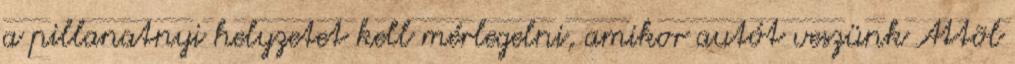
a pillanatnyi helyzetet kell mérlegelni, amikor autót veszünk Attõl